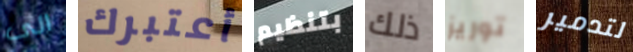
الى أعتبرك بتنظيم ذلك توريز لتدمير